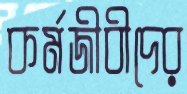
কর্মজীবীদের